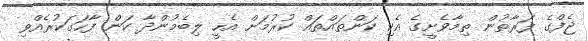
ޖެފްގެ ފަރާތުން ތިމާވެށީގެ އެކި ކަންތައްތައް ކުރުމަށް އެހީ ލިބެމުންދާ ކަން ފާހަގަކުރެއްވި